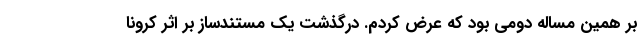
بر همین مساله دومی بود که عرض کردم. درگذشت یک مستندساز بر اثر کرونا